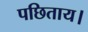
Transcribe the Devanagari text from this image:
पछिताय।